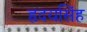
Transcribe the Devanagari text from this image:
हृदयसिंह